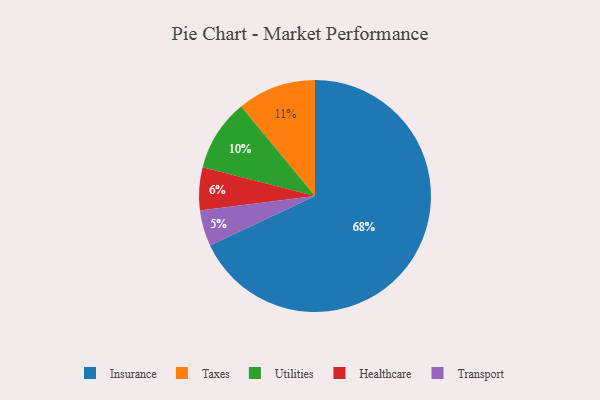
{"axis": {"x": "Category", "y": "Percentage"}, "legend": ["Healthcare", "Insurance", "Taxes", "Transport", "Utilities"], "data": [{"x": "Transport", "y": 5, "type": "Transport"}, {"x": "Insurance", "y": 68, "type": "Insurance"}, {"x": "Utilities", "y": 10, "type": "Utilities"}, {"x": "Taxes", "y": 11, "type": "Taxes"}, {"x": "Healthcare", "y": 6, "type": "Healthcare"}]}